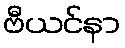
ဗီယင်နာ